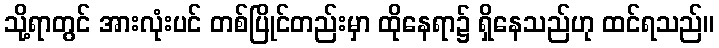
သို့ရာတွင် အားလုံးပင် တစ်ပြိုင်တည်းမှာ ထိုနေရာ၌ ရှိနေသည်ဟု ထင်ရသည်။